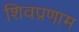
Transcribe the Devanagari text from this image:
शिवप्रणाम